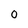
Character: O